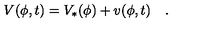
V ( \phi , t ) = V _ { * } ( \phi ) + v ( \phi , t ) \quad .